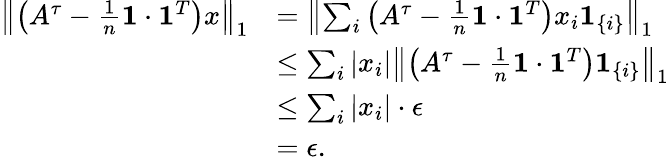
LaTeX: \begin{array}{rl}{\left\Vert\left(A^{\tau}-\frac{1}{n}\mathbf{1}\cdot\mathbf{1}^{T}\right)x\right\Vert_{1}}&{=\left\Vert\sum_{i}\left(A^{\tau}-\frac{1}{n}\mathbf{1}\cdot\mathbf{1}^{T}\right)x_{i}\mathbf{1}_{\{ i\} }\right\Vert_{1}}\\ &{\leq\sum_{i}|x_{i}|\left\Vert\left(A^{\tau}-\frac{1}{n}\mathbf{1}\cdot\mathbf{1}^{T}\right)\mathbf{1}_{\{ i\} }\right\Vert_{1}}\\ &{\leq\sum_{i}|x_{i}|\cdot\epsilon}\\ &{=\epsilon.}\end{array}